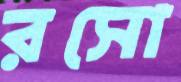
রসো